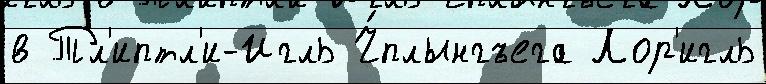
в Тл'иптл'и-Игль Ч́плынгъега Лор'игль